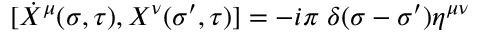
[ \dot { X } ^ { \mu } ( \sigma , \tau ) , X ^ { \nu } ( \sigma ^ { \prime } , \tau ) ] = - i \pi \; \delta ( \sigma - \sigma ^ { \prime } ) \eta ^ { \mu \nu }